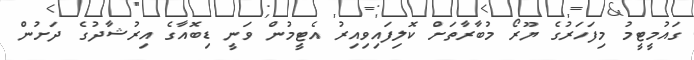
ގައުމީޓީމު މިފަހަރުގެ ޔޫރޯ މުބާރާތަށް ކޮލިފައިވިއިރު އެޓީމުން ވަނީ ޑިބޮއާގެ އިރުޝާދުގެ ދަށުން